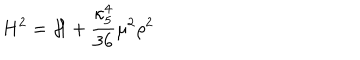
H ^ { 2 } = { \cal H } + \frac { \kappa _ { 5 } ^ { 4 } } { 3 6 } \mu ^ { 2 } \rho ^ { 2 }